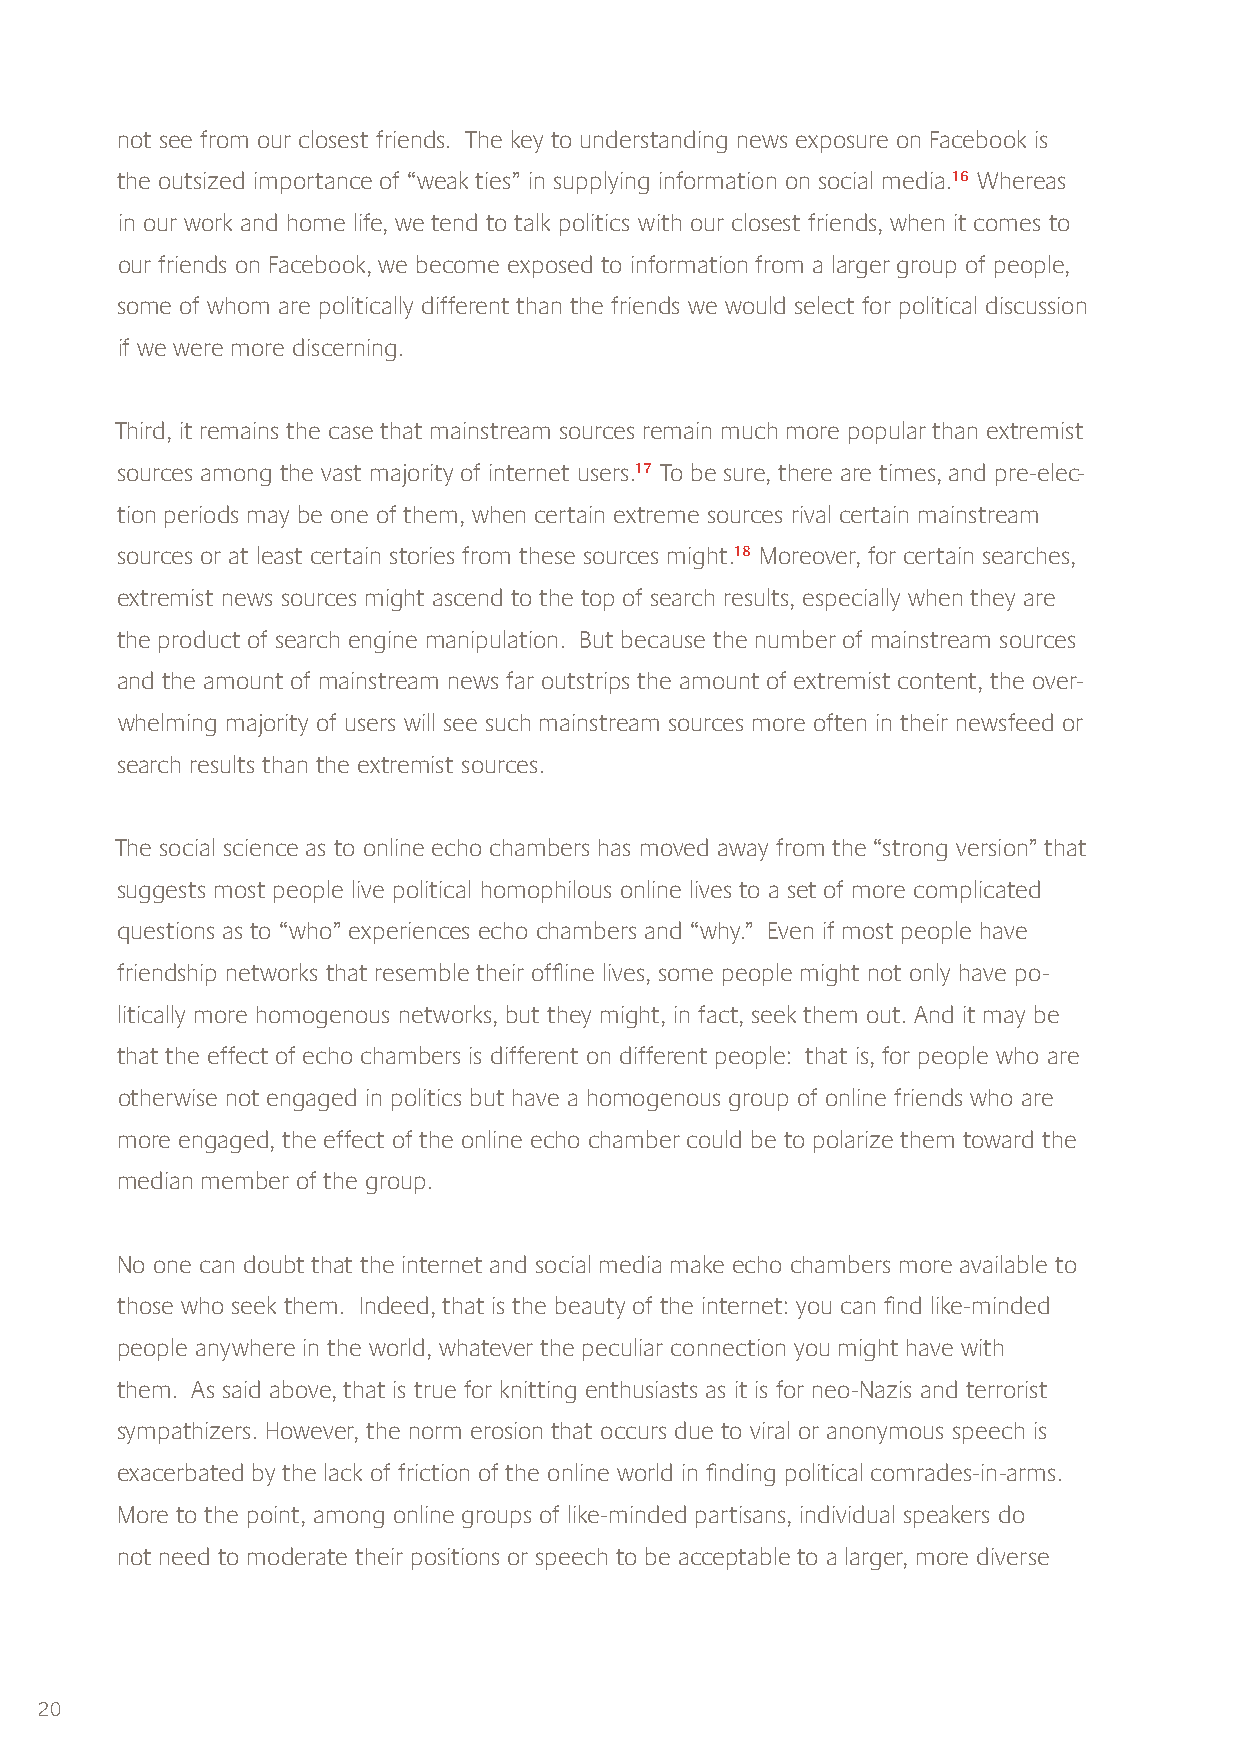
not see from our closest friends. The key to understanding news exposure on Facebook is
 the outsized importance of “weak ties” in supplying information on social media.16 Whereas
 in our work and home life, we tend to talk politics with our closest friends, when it comes to
 our friends on Facebook, we become exposed to information from a larger group of people,
 some of whom are politically different than the friends we would select for political discussion
 if we were more discerning.
 Third, it remains the case that mainstream sources remain much more popular than extremist
 sources among the vast majority of internet users.17 To be sure, there are times, and pre-elec-
 tion periods may be one of them, when certain extreme sources rival certain mainstream
 sources or at least certain stories from these sources might.18 Moreover, for certain searches,
 extremist news sources might ascend to the top of search results, especially when they are
 the product of search engine manipulation. But because the number of mainstream sources
 and the amount of mainstream news far outstrips the amount of extremist content, the over-
 whelming majority of users will see such mainstream sources more often in their newsfeed or
 search results than the extremist sources.
 The social science as to online echo chambers has moved away from the “strong version” that
 suggests most people live political homophilous online lives to a set of more complicated
 questions as to “who” experiences echo chambers and “why.” Even if most people have
 friendship networks that resemble their offline lives, some people might not only have po-
 litically more homogenous networks, but they might, in fact, seek them out. And it may be
 that the effect of echo chambers is different on different people: that is, for people who are
 otherwise not engaged in politics but have a homogenous group of online friends who are
 more engaged, the effect of the online echo chamber could be to polarize them toward the
 median member of the group.
 No one can doubt that the internet and social media make echo chambers more available to
 those who seek them. Indeed, that is the beauty of the internet: you can find like-minded
 people anywhere in the world, whatever the peculiar connection you might have with
 them. As said above, that is true for knitting enthusiasts as it is for neo-Nazis and terrorist
 sympathizers. However, the norm erosion that occurs due to viral or anonymous speech is
 exacerbated by the lack of friction of the online world in finding political comrades-in-arms.
 More to the point, among online groups of like-minded partisans, individual speakers do
 not need to moderate their positions or speech to be acceptable to a larger, more diverse
 20